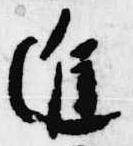
進